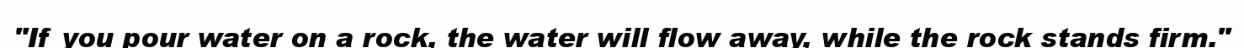
"If you pour water on a rock, the water will flow away, while the rock stands firm."